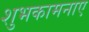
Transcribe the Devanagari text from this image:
शुभकामनाए